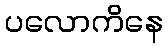
ပလောကိနေ